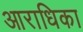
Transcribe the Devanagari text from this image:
आराधिका